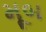
મૂબ